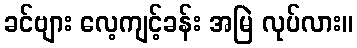
ခင်ဗျား လေ့ကျင့်ခန်း အမြဲ လုပ်လား။